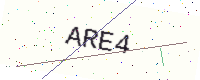
Text: ARE4